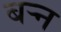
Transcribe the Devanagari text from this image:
बऱ्न